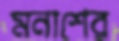
মনাশের